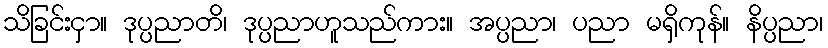
သိခြင်းငှာ။ ဒုပ္ပညာတိ၊ ဒုပ္ပညာဟူသည်ကား။ အပ္ပညာ၊ ပညာ မရှိကုန်။ နိပ္ပညာ၊